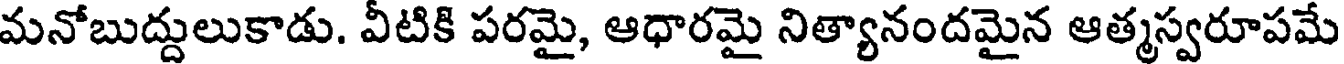
మనోబుద్దులుకాడు. వీటికి పరమై, ఆధారమై నిత్యానందమైన ఆత్మస్వరూపమే